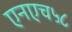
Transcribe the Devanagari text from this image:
एनएच५८